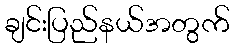
ချင်းပြည်နယ်အတွက်